Annual administration report of the Civil Veterinary Department of India - 1892-1893
Year: 1892
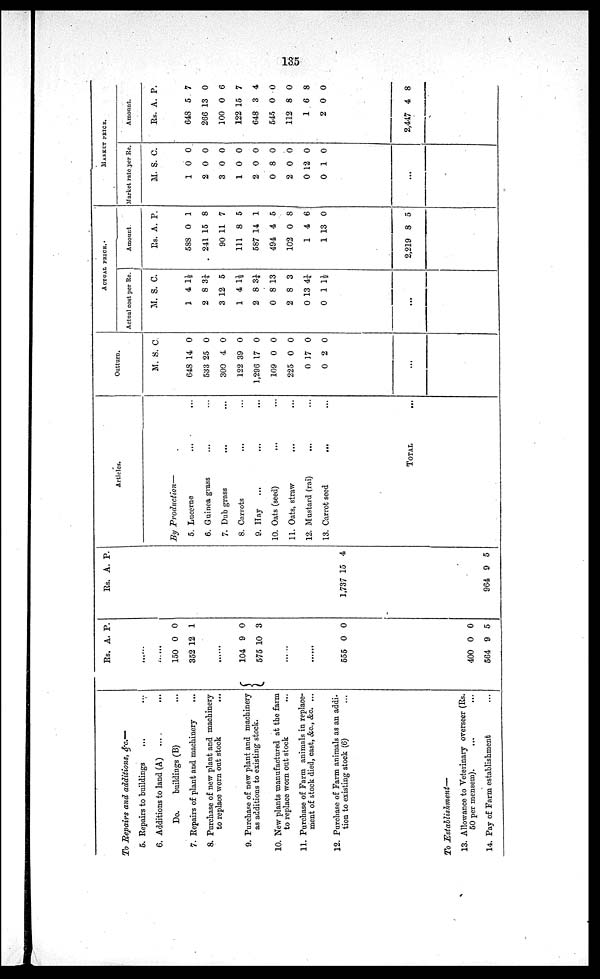
135
To Repairs and additions, &c.—
5. Repairs to buildings
... ...
6. Additions to land (A) ... ...
Do.
buildings (B) ...
7. Repairs of plant and machinery ...
8. Purchase of new plant and machinery
to replace worn out stock
...
9. Purchase of new plant and machinery
as additions to existing stock.
10. New plants manufactured at the farm
to replace worn out stock ...
11. Purchase of Farm animals in replace-
ment of stock died, cast, &c., &c. ...
12. Purchase of Farm animals as an addi-
tion to existing stock (6) ...
To Establishment—
13. Allowance to Veterinary overseer (Rs.
50 per mensem).
...
14. Pay of Farm establishment
...
Rs. A. P.
......
......
150
352
0
12
0
1
......
104
575
9
10
0
3
.....
......
555 0 0
400
564
0
9
0
5
Rs. A. P.
1,737 15 4
964 9 5
Articles.
By Production—
5. Lucerne ... ...
6. Guinea grass ... ...
7. Dub grass ... ...
8. Carrots ... ... ...
9. Hay
... ... ...
10. Oats (seed) ... ...
11. Oats, straw ... ...
12. Mustard (rai) ... ...
13. Carrot seed
...
TOTAL ...
Outturn.
M. S. C
648
533
300
122
1,296
109
225
0
0
14
25
4
39
17
0
0
17
2
0
0
0
0
0
0
0
0
0
...
ACTUAL PRICE.
Actual cost per Re.
M. S. C.
1
2
3 1
1
2
0
2
0
0
4
8
2
4
8
8
8
13
1
1½
3¼
5
1 ½
3¼
13
3
4¼
1½
...
Amount.
Rs. A. P.
588
241
90
111
587
494
102
1
1
2,219
0
15
11
8
14
4
0
4
13
8
1
8
7
5
1
5
8
6
0
5
MARKET PRICE.
Market rate per Re.
M. S. C.
1
2
3
1
2
0
2
0
0
0
0
0
0
0
8
0
12
1
0
0
0
0
0
0
0
0
0
...
Amount.
Rs. A. P.
648
266
100
122
648
545
112
1
2
2,447
5
13
0
15
3
0
8
6
0
4
7
0
6
7
4
0
0
8
0
8